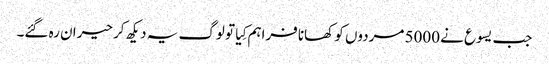
‏ جب یسوع نے 5000 مردوں کو کھانا فراہم کِیا تو لوگ یہ دیکھ کر حیران رہ گئے۔